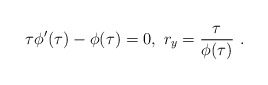
\begin{align*}\tau \phi'(\tau) - \phi(\tau) = 0,~r_{y} = \frac {\tau} {\phi(\tau)}~.\end{align*}